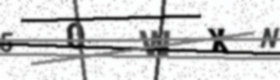
Text: 50WXN